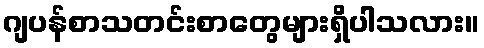
ဂျပန်စာသတင်းစာတွေများရှိပါသလား။